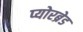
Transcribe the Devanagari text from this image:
प्योरब्रेड